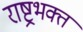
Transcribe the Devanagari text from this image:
राष्ट्रभक्त